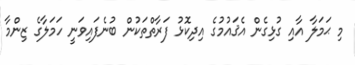
މި ޙަމަލާ އާއި ގުޅިގެން އެޤައުމުގެ އިދިކޮޅު ފަރާތްތަކުން ބުނެފައިވަނީ ހަމަލާގެ ޒިންމާ